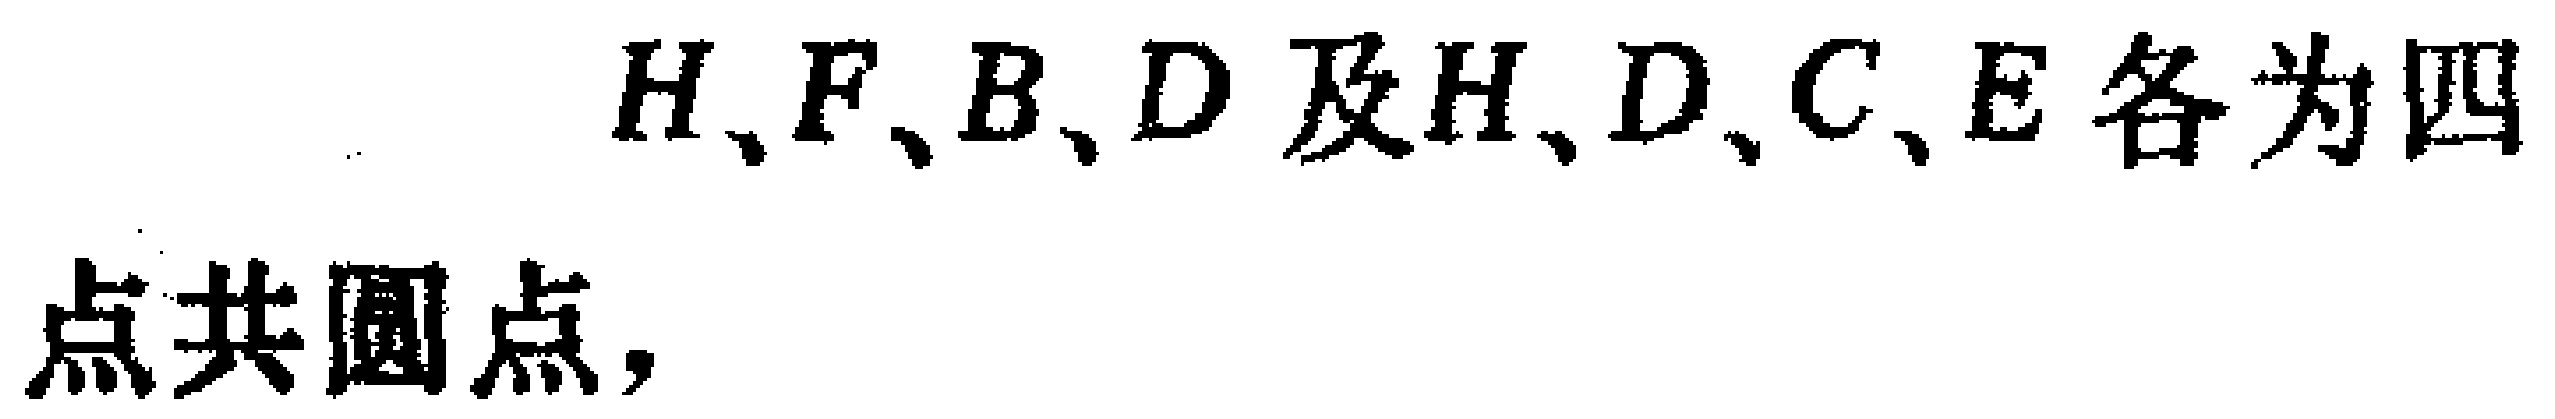
$H、F、B、D$ 及 $H、D、C、E$ 各为四点共圆点，